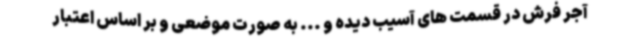
آجر فرش در قسمت های آسیب دیده و ... به صورت موضعی و بر اساس اعتبار